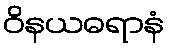
ဝိနယဓရာနံ